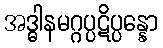
အဒ္ဓါနမဂ္ဂပ္ပဋိပ္ပန္နော